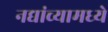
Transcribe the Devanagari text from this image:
नद्यांच्यामध्ये